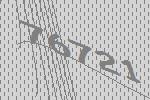
76721